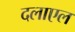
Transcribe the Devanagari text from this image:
दलाएल